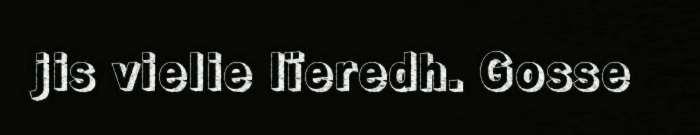
jis vielie lïeredh. Gosse